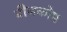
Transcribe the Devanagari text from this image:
बीजकोष